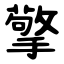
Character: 擎